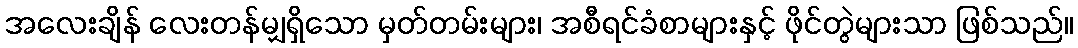
အလေးချိန် လေးတန်မျှရှိသော မှတ်တမ်းများ၊ အစီရင်ခံစာများနှင့် ဖိုင်တွဲများသာ ဖြစ်သည်။